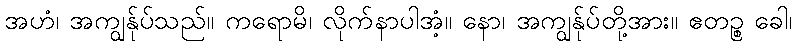
အဟံ၊ အကျွန်ုပ်သည်။ ကရောမိ၊ လိုက်နာပါအံ့။ နော၊ အကျွန်ုပ်တို့အား။ ဧတဉ္စ ခေါ၊